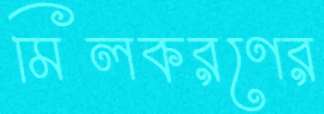
মিলকরণের